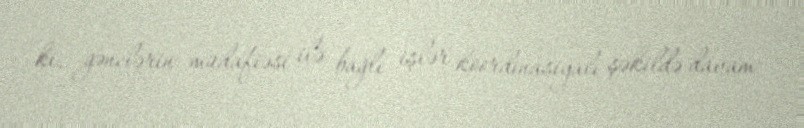
ki, gənclərin müdafiəsi ilə bağlı işlər koordinasiyalı şəkildə davam